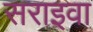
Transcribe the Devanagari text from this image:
सराइवा